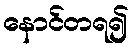
နောင်တရ၍